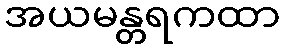
အယမန္တရကထာ